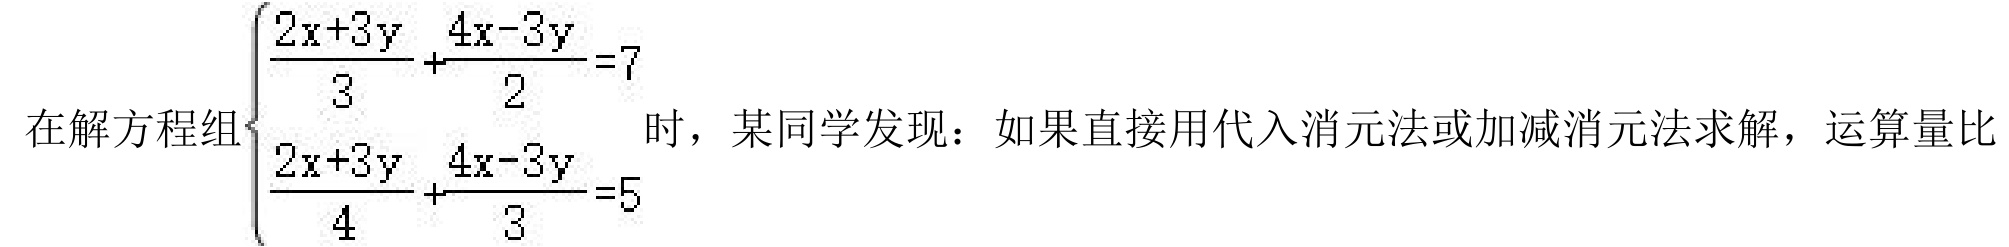
在解方程组$\begin{cases}\dfrac{2x + 3y}{3}+\dfrac{4x - 3y}{2}=7\\\dfrac{2x + 3y}{4}+\dfrac{4x - 3y}{3}=5\end{cases}$时，某同学发现：如果直接用代入消元法或加减消元法求解，运算量比